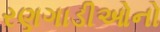
રણગાડીઓનો